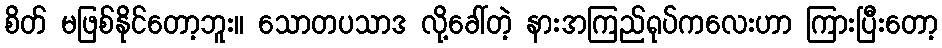
စိတ် မဖြစ်နိုင်တော့ဘူး။ သောတပသာဒ လို့ခေါ်တဲ့ နားအကြည်ရုပ်ကလေးဟာ ကြားပြီးတော့